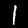
Label: 1